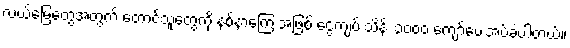
လယ်မြေတွေအတွက် တောင်သူတွေကို နစ်နာကြေးအဖြစ် ငွေကျပ် သိန်း ၃၀၀၀ ကျော်ပေးအပ်ခဲ့ပါတယ်။